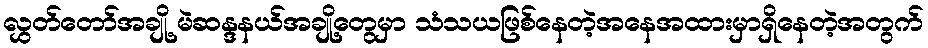
လွှတ်တော်အချို့ မဲဆန္ဒနယ်အချို့တွေမှာ သံသယဖြစ်နေတဲ့အနေအထားမှာရှိနေတဲ့အတွက်